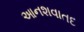
આનશવાતદ